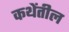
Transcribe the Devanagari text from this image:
कथेंतील